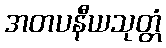
အတပနီယသုတ္တံ